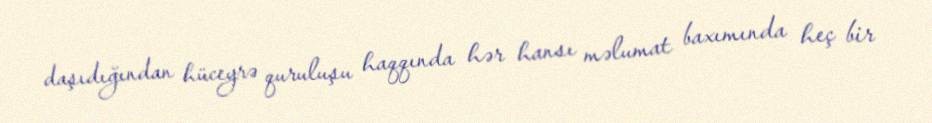
daşıdığından hüceyrə quruluşu haqqında hər hansı məlumat baxımında heç bir